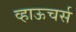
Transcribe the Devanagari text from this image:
व्हाऊचर्स